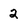
Character: 2